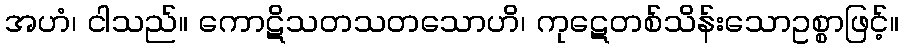
အဟံ၊ ငါသည်။ ကောဋိသတသတသောဟိ၊ ကုဋေတစ်သိန်းသောဥစ္စာဖြင့်။